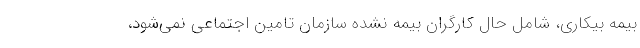
بیمه بیکاری، شامل حال کارگران بیمه نشده سازمان تامین اجتماعی نمی‌شود،